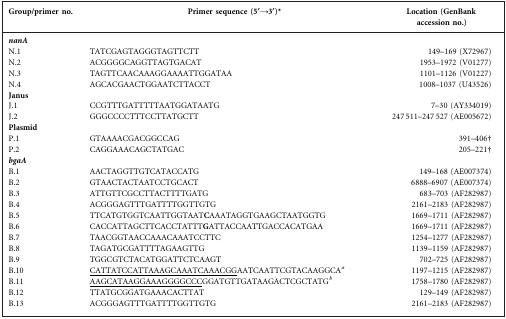
<table><thead><tr><td><b>Group/primer no.</b></td><td><b>Primer sequence (5′→3′)*</b></td><td><b>Location (GenBank accession no.)</b></td></tr></thead><tbody><tr><td><b><i>nanA</i></b></td><td></td><td></td></tr><tr><td>N.1</td><td>TATCGAGTAGGGTAGTTCTT</td><td>149–169 (X72967)</td></tr><tr><td>N.2</td><td>ACGGGGCAGGTTAGTGACAT</td><td>1953–1972 (V01277)</td></tr><tr><td>N.3</td><td>TAGTTCAACAAAGGAAAATTGGATAA</td><td>1101–1126 (V01227)</td></tr><tr><td>N.4</td><td>AGCACGAACTGGAATCTTACCT</td><td>1008–1037 (U43526)</td></tr><tr><td><b>Janus</b></td><td></td><td></td></tr><tr><td>J.1</td><td>CCGTTTGATTTTTAATGGATAATG</td><td>7–30 (AY334019)</td></tr><tr><td>J.2</td><td>GGGCCCCTTTCCTTATGCTT</td><td>247 511–247 527 (AE005672)</td></tr><tr><td><b>Plasmid</b></td><td></td><td></td></tr><tr><td>P.1</td><td>GTAAAACGACGGCCAG</td><td>391–406†</td></tr><tr><td>P.2</td><td>CAGGAAACAGCTATGAC</td><td>205–221†</td></tr><tr><td><b><i>bgaA</i></b></td><td></td><td></td></tr><tr><td>B.1</td><td>AACTAGGTTGTCATACCATG</td><td>149–168 (AE007374)</td></tr><tr><td>B.2</td><td>GTAACTACTAATCCTGCACT</td><td>6888–6907 (AE007374)</td></tr><tr><td>B.3</td><td>ATTGTTCGCCTTACTTTTGATG</td><td>683–703 (AF282987)</td></tr><tr><td>B.4</td><td>ACGGGAGTTTGATTTTGGTTGTG</td><td>2161–2183 (AF282987)</td></tr><tr><td>B.5</td><td>TTCATGTGGTCAATTGGTAAT<b>C</b>AAATAGGTGAAGCTAATGGTG</td><td>1669–1711 (AF282987)</td></tr><tr><td>B.6</td><td>CACCATTAGCTTCACCTATTT<b>G</b>ATTACCAATTGACCACATGAA</td><td>1669–1711 (AF282987)</td></tr><tr><td>B.7</td><td>TAACGGTAACCAAACAAATCCTTC</td><td>1254–1277 (AF282987)</td></tr><tr><td>B.8</td><td>TAGATGCGATTTTAGAAGTTG</td><td>1139–1159 (AF282987)</td></tr><tr><td>B.9</td><td>TGGCGTCTACATGGATTCTCAAGT</td><td>702–725 (AF282987)</td></tr><tr><td>B.10</td><td><underline>CATTATCCATTAAAGCAAATCAAACGG</underline>AATCAATTCGTACAAGGCA<i><sup>a</sup></i></td><td>1197–1215 (AF282987)</td></tr><tr><td>B.11</td><td><underline>AAGCATAAGGAAAGGGGCCC</underline>GGATGTTGATAAGACTCGCTATG<i><sup>b</sup></i></td><td>1758–1780 (AF282987)</td></tr><tr><td>B.12</td><td>TTATGCGGATGAAACACTTAT</td><td>129–149 (AF282987)</td></tr><tr><td>B.13</td><td>ACGGGAGTTTGATTTTGGTTGTG</td><td>2161–2183 (AF282987)</td></tr></tbody></table>